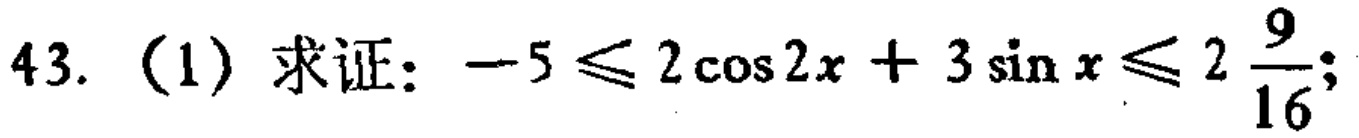
43. (1) 求证：\(-5\leqslant 2\cos 2x + 3\sin x\leqslant 2\frac{9}{16}\);